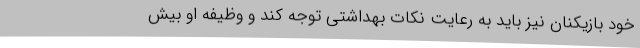
خود بازیکنان نیز باید به رعایت نکات بهداشتی توجه کند و وظیفه او بیش